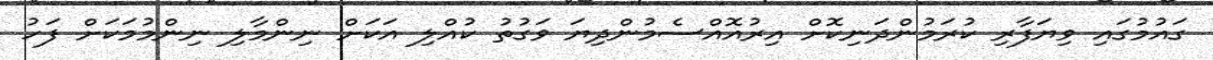
ގައުމުގައި ވިޔަފާރި ކުރަމުންދަނިކޮށް އިރުއޮއްސެމުންދިޔަ ވަގުތު ކުއްލި އަކަށް ނިންމާލި ނިންމުމަކަށް ފަހު